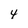
Character: 4